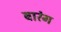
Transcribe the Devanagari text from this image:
बारंग